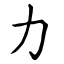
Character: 力